Annual returns of the Patna Lunatic Asylum at Bankipore in Bihar and Orissa - 1912-1924
Year: 1912
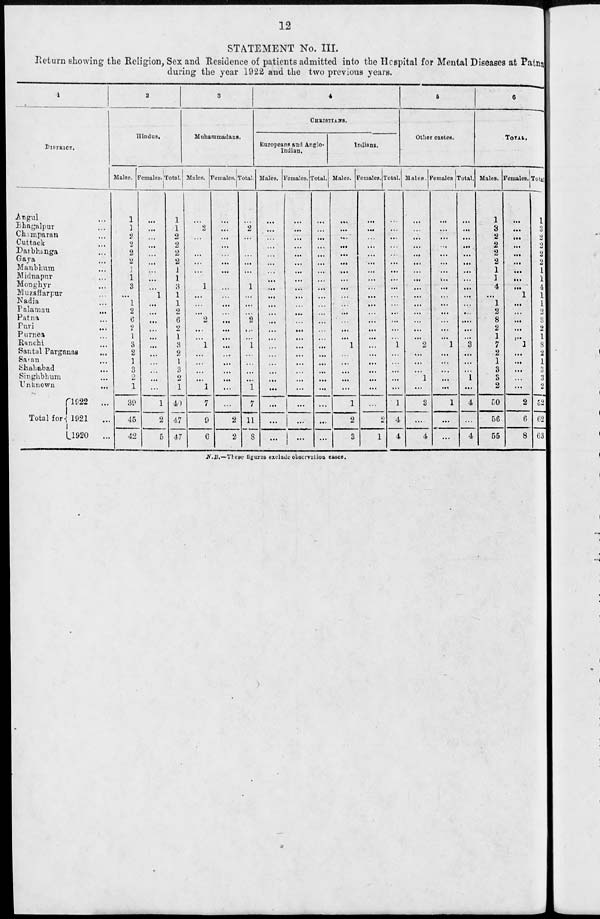
12
STATEMENT No. III.
Return showing the Religion, Sex and Residence of patients admitted into the Hospital for Mental Diseases at Patna
during the year 1922 and the two previous years.
1
DISTRICT.
Angul ...
Bhagalpur ...
Champaran ...
Cuttack ...
Darbhanga ...
Gaya ...
Manbhum ...
Midnapur ...
Monghyr ...
Muzaffarpur ...
Nadia ...
Palamau ...
Patna ...
Puri ...
Purnea ...
Ranchi ...
Santal Parganas ...
Saran ...
Shahabad ...
Singhbhum ...
Unknown
...
Total for
1922
...
1921
...
1920
...
2
Hindus.
Males.
1
1
2
2
2
2
1
1
3
...
1
2
6
2
1
3
2
1
3
2
1
39
45
42
Females.
...
...
...
...
...
...
...
...
...
1
...
...
...
...
...
...
...
...
...
...
...
1
2
5
Total.
1
1
2
2
2
2
1
1
3
1
1
2
6
2
1
3
2
1
3
2
1
40
47
47
3
Muhammadans.
Males.
...
2
...
...
...
...
...
...
1
...
...
...
2
...
...
1
...
...
...
...
1
7
9
6
Females.
...
...
...
...
...
...
...
...
...
...
...
...
...
...
...
...
...
...
...
...
...
...
2
2
Total.
...
2
...
...
...
...
...
...
1
...
...
...
2
...
...
1
...
...
...
...
1
7
11
8
4
CHRISTIANS.
Europeans and Anglo-
Indian.
Males.
...
...
...
...
...
...
...
...
...
...
...
...
...
...
...
...
...
...
...
...
...
...
...
...
Females.
...
...
...
...
...
...
...
...
...
...
...
...
...
...
...
...
...
...
...
...
...
...
...
...
Total.
...
...
...
...
...
...
...
...
...
...
...
...
...
...
...
...
...
...
...
...
...
...
...
...
Indians.
Males.
...
...
...
...
...
...
...
...
...
...
...
...
...
...
...
1
...
...
...
...
...
1
2
3
Females.
...
...
...
...
...
...
...
...
...
...
...
...
...
...
...
...
...
...
...
...
...
...
2
1
Total.
...
...
...
...
...
...
...
...
...
...
...
...
...
...
...
1
...
...
...
...
...
1
4
4
5
Other castes.
Males.
...
...
...
...
...
...
...
...
...
...
...
...
...
...
...
2
...
...
...
1
...
3
...
4
Females.
...
...
...
...
...
...
...
...
...
...
...
...
...
...
...
1
...
...
...
...
...
1
...
...
Total.
...
...
...
...
...
...
...
...
...
...
...
...
...
...
...
3
...
...
...
1
...
4
...
4
6
TOTAL.
Males.
1
3
2
2
2
2
1
1
4
...
1
2
8
2
1
7
2
1
3
3
2
50
56
55
Females.
...
...
...
...
...
...
...
...
...
1
...
...
...
...
...
1
...
...
...
...
...
2
6
8
Total.
1
3
2
2
2
2
1
1
4
1
1
2
8
2
1
8
2
1
3
0
3
2
52
62
63
N.B.—These figures exclude observation cases.